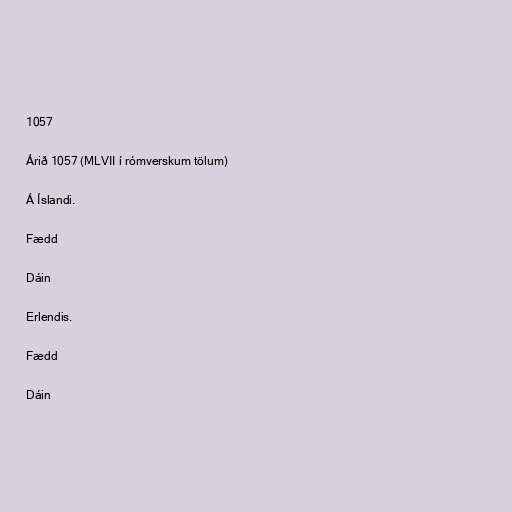
1057

Árið 1057 (MLVII í rómverskum tölum)

Á Íslandi.

Fædd

Dáin

Erlendis.

Fædd

Dáin